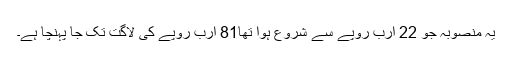
یہ منصوبہ جو 22 ارب روپے سے شروع ہوا تھا81 ارب روپے کی لاگت تک جا پہنچا ہے۔